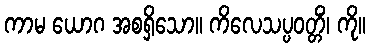
ကာမ ယောဂ အစရှိသော။ ကိလေသပ္ပဝတ္တိံ၊ ကို။